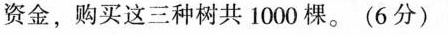
资金，购买这三种树共1000棵。(6分)